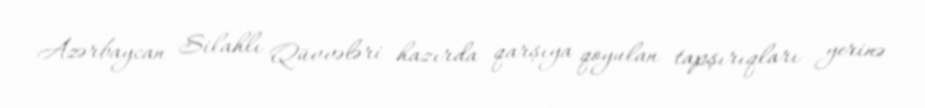
Azərbaycan Silahlı Qüvvələri hazırda qarşıya qoyulan tapşırıqları yerinə